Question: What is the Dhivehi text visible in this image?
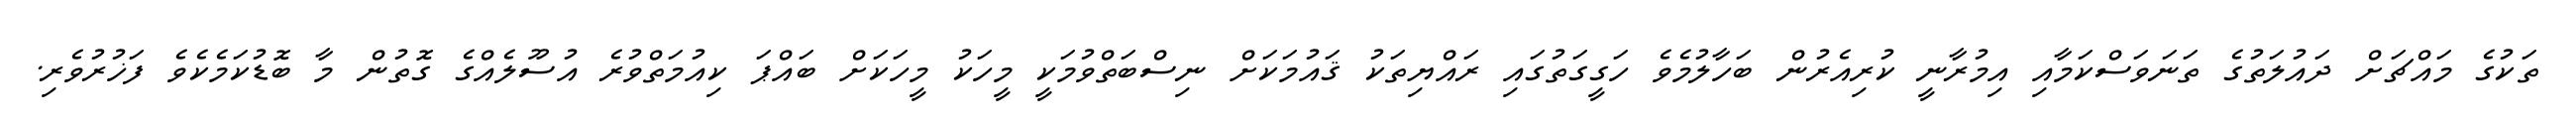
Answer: ތަކުގެ މައްޗަށް ދައުލަތުގެ ތަނަވަސްކަމާއި އިމުރާނީ ކުރިއެރުން ބަހާލުމެވެ ހަގީގަތުގައި ރައްޔިތަކު ޤައުމަކަށް ނިސްބަތްވުމަކީ މީހަކު މީހަކަށް ބައްޕަ ކިއުމަތްވުރެ އުސޫލެއްގެ ގޮތުން މާ ބޮޑުކަމެކެވެ ފަޚުރުވެރި.